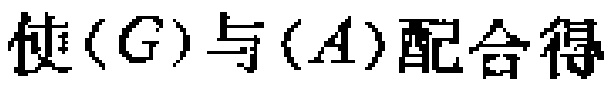
使\((G)\)与\((A)\)配合得